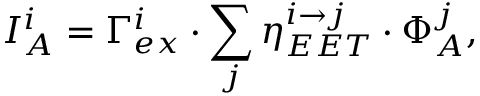
I _ { A } ^ { i } = \Gamma _ { e x } ^ { i } \cdot \sum _ { j } \eta _ { E E T } ^ { i \to j } \cdot \Phi _ { A } ^ { j } ,